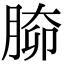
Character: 𦝐